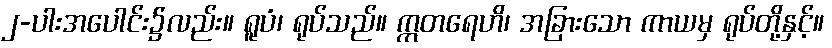
၂-ပါးအပေါင်း၌လည်း။ ရူပံ၊ ရုပ်သည်။ ဣတရေဟိ၊ အခြားသော ကာယမှ ရုပ်တို့နှင့်။